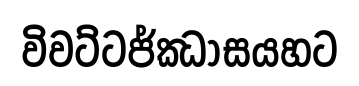
විවට්ටජ්ඣාසයහට